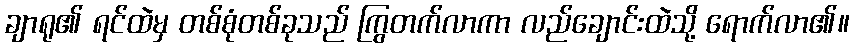
ချာရု၏ ရင်ထဲမှ တစ်စုံတစ်ခုသည် ကြွတက်လာကာ လည်ချောင်းထဲသို့ ရောက်လာ၏။